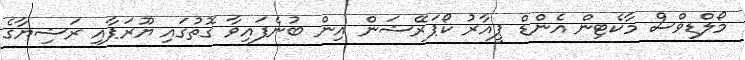
މޯލްޑިވްސް މާކެޓިން އެންޑް ޕީއާރު ކޯޕަރޭޝަން އިން ބުނެފައިވާ ގޮތުގައި ޔޫރަޕާއި ރަޝިޔާގެ